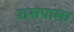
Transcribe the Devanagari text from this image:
रासपाला